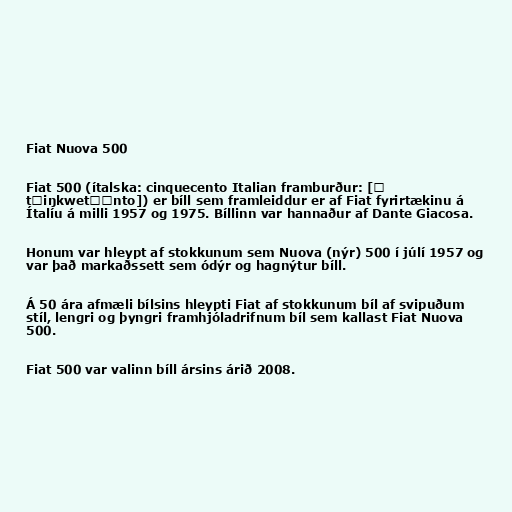
Fiat Nuova 500

Fiat 500 (ítalska: cinquecento Italian framburður: [ˌ
tʃiŋkwetʃɛnto]) er bíll sem framleiddur er af Fiat fyrirtækinu á
Ítalíu á milli 1957 og 1975. Bíllinn var hannaður af Dante Giacosa.

Honum var hleypt af stokkunum sem Nuova (nýr) 500 í júlí 1957 og
var það markaðssett sem ódýr og hagnýtur bíll.

Á 50 ára afmæli bílsins hleypti Fiat af stokkunum bíl af svipuðum
stíl, lengri og þyngri framhjóladrifnum bíl sem kallast Fiat Nuova
500.

Fiat 500 var valinn bíll ársins árið 2008.